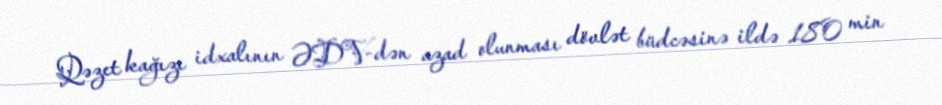
Qəzet kağızı idxalının ƏDV-dən azad olunması dövlət büdcəsinə ildə 180 min